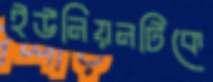
ইউনিয়নটিকে